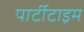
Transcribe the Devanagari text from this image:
पार्टीटाइम